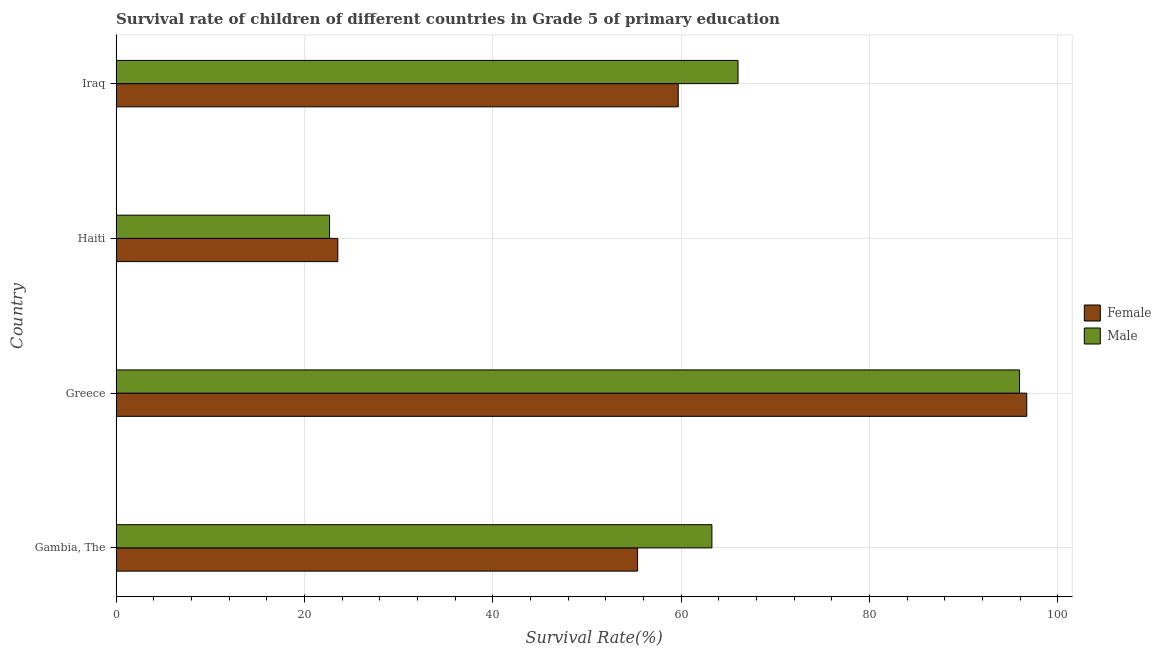
| Country | Female | Male |
 | --- | --- | --- |
 | Gambia, The | 55.4 | 63.3 |
 | Greece | 96.7 | 95.9 |
 | Haiti | 23.5 | 22.7 |
 | Iraq | 59.7 | 66 |